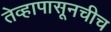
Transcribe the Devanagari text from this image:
तेव्हापासूनचीच